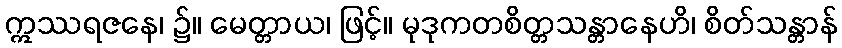
ဣဿရဇနေ၊ ၌။ မေတ္တာယ၊ ဖြင့်။ မုဒုကတစိတ္တသန္တာနေဟိ၊ စိတ်သန္တာန်